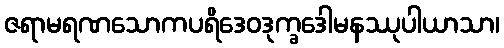
ဇရာမရဏသောကပရိဒေဝဒုက္ခဒေါမနဿုပါယာသာ၊